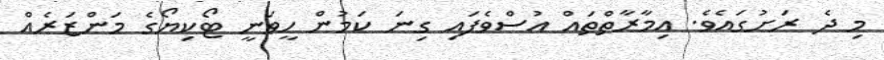
މި ދެ ރަށުގައެވެ. އިމާރާތްތައް އުސްވެފައި ގިނަ ކަމުން ހީވަނީ ޓޯކިޔޯގެ މަންޒަރެއް